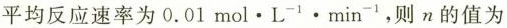
平均反应速率为0.01mol·L^{-1}·min^{-1}，则n的值为